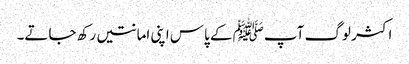
اکثر لوگ آپﷺ کے پاس اپنی امانتیں رکھ جاتے۔